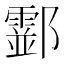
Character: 𨟘